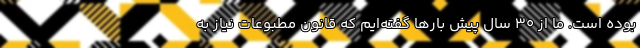
بوده است. ما از ۳۰ سال پیش بارها گفته‌ایم که قانون مطبوعات نیاز به